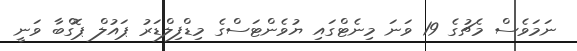
ނަމަވެސް މެޗުގެ 19 ވަނަ މިނެޓްގައި ޔުވެންޓަސްގެ މިޑްފިލްޑަރު ޕައުލް ޕޮގްބާ ވަނީ